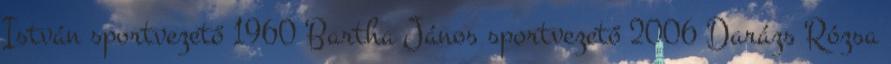
István sportvezető 1960 Bartha János sportvezető 2006 Darázs Rózsa